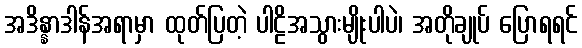
အဒိန္နာဒါန်အရာမှာ ထုတ်ပြတဲ့ ပါဠိအသွားမျိုးပါပဲ၊ အတိုချုပ် ပြောရရင်